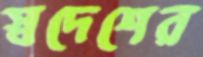
স্বদেশের